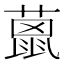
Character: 𦼤